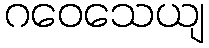
ဂဝေသေယျ